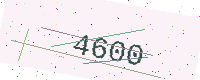
Text: 4600